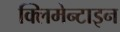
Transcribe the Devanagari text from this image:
क्लिमेन्टाइन